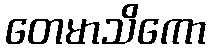
တေမာသိကော